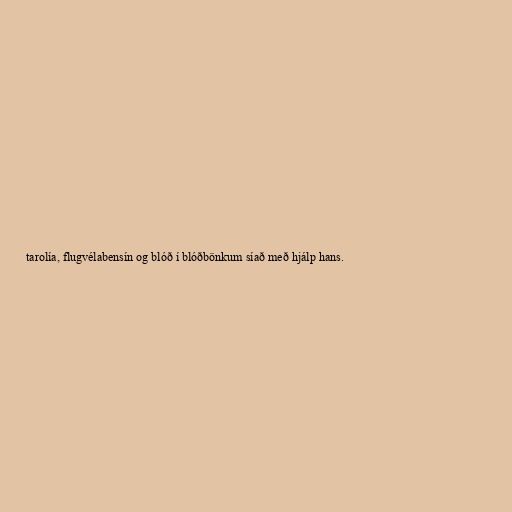
tarolía, flugvélabensín og blóð í blóðbönkum síað með hjálp hans.